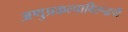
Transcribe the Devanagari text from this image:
अणुप्रकल्पाविरूद्धची